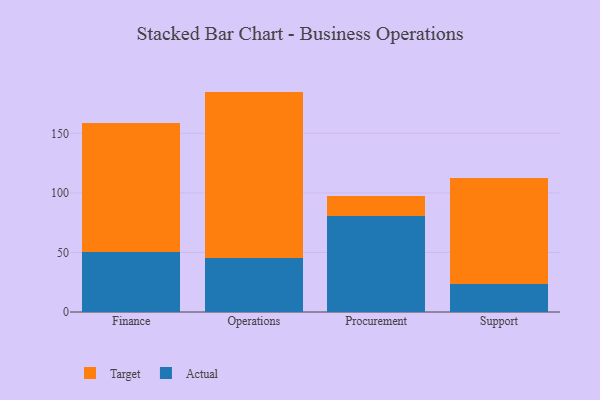
{"axis": {"x": "Department", "y": "Demand Index"}, "legend": ["Actual", "Target"], "data": [{"x": "Finance", "y": 50.7, "type": "Actual"}, {"x": "Finance", "y": 107.8, "type": "Target"}, {"x": "Operations", "y": 45.7, "type": "Actual"}, {"x": "Operations", "y": 139.3, "type": "Target"}, {"x": "Procurement", "y": 80.7, "type": "Actual"}, {"x": "Procurement", "y": 16.8, "type": "Target"}, {"x": "Support", "y": 23.4, "type": "Actual"}, {"x": "Support", "y": 88.8, "type": "Target"}]}